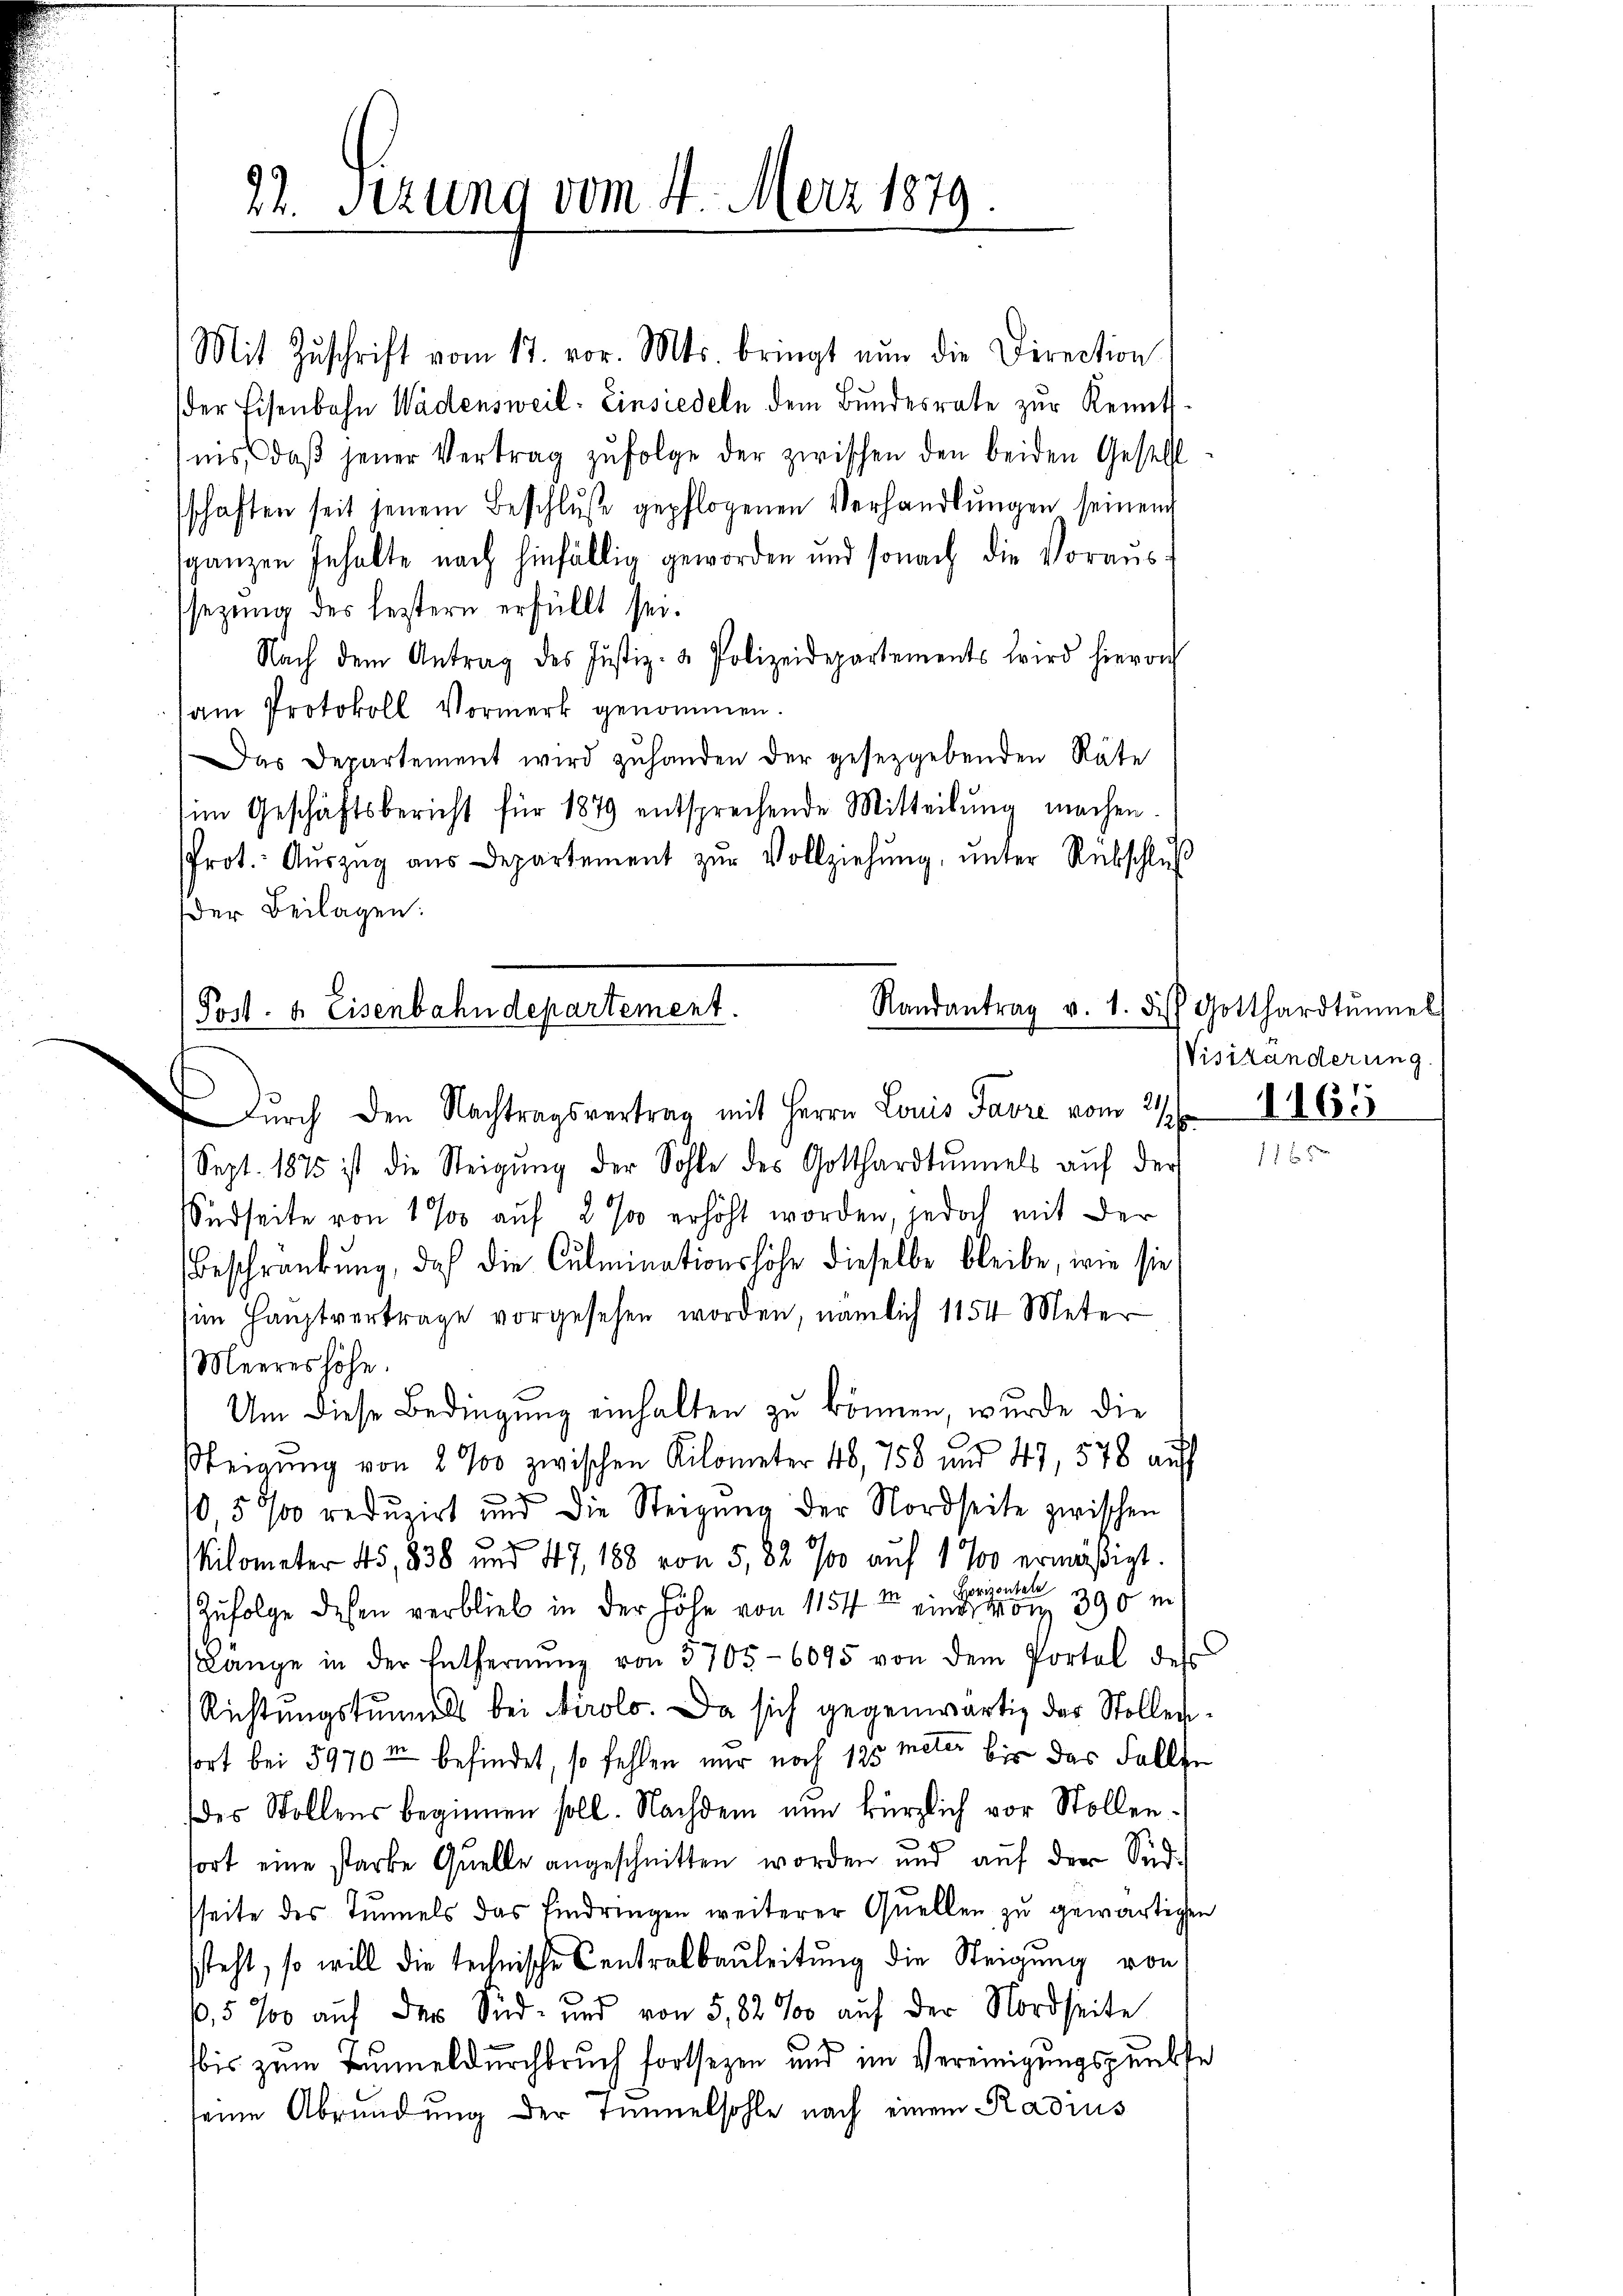
22. Sezung vom 4. Merz 1879.

Mit Zŭschrift vom 17. vor. Mts. bringt nun die Direction
der Eisenbahn Wädensweil: Einsiedeln dem Bundesrate zur Kennt-
nis, daβ jener Vertrag zŭfolge der zwischen den beiden Gestell
schaften seit jenem Beschluße gepflogenen Verhandlungen seinem
ganzen Inhalte nach hinfällig geworden und sonach die Voraussezung des leztern erfüllt sei.
Nach dem Antrag des Justiz- & Polizeidepartements wird hievon
am Protokoll Vormerk genommen
Das Departement wird zŭhanden der gesetzgebenden Räte
im Geschäftsbericht für 1879 entsprechende Mitteilŭng machen.
Prot. Aŭszŭg aŭs Departement zŭr Vollziehŭng ŭnter Rebschlŭβ
Der Beilagen:

Randantrag v. 1. die Gotthardtŭmel
Post- & Eisenbahndepartement.

urch den Nachtragsvertrag mit Herrn Louis Favre vom 2
Sept. 1875 ist die Steigŭng der Sohle des Gotthardtŭmels aŭf der
Südseite von 1% auf 2 % erhöht worden, jedoch mit der
Beschränkung, daß die Culminationshöhe dieselbe bleibe, wie sie
im Hauptvertrage vorgesehen worden, nämlich 1154 Meter
Meeres höhe.
Um diese Bedingung einhalten zu können, wurde die
Steigung von 2 % zwischen Kilometer 48, 758 und 47, 578 auf
10 5 0/00 reduzirt und die Steigung der Nordseite zwischen
Kilometer 45, 838 und 447, 188 von 5, 82 700 auf 1 700 ermäßigt.
Zufolge dessen verblieb in der Höhe von 1154 einer 390 m
slänge in der Entfernŭng von 5705-6095 von dem Portal dess
Richtungstunnels bei Tirolo. Da sich gegenwärtig das Stollenfort bei 5970 in befindet, so fehlen nur noch 195 Meter bis das Fallse
des Stollens beginnen soll. Nachdem nun kürzlich vor Stollenfort eine starke Quelle angeschnitten worden und auf der Südsseite des Tunnels das Eindringen weiterer Quellen zŭ gewärtigen
steht, so will die technische Centralbauleitung die Steigung von
6,5 % auf der Sid- und von 5,82‰ auf der Nordseite
.
bis zum Tunnel durchbruch fortsezen und im Vereinigungspunkte
eine Abründung der Tunnelsohle nach einem Radius

Wisikänderung.
165